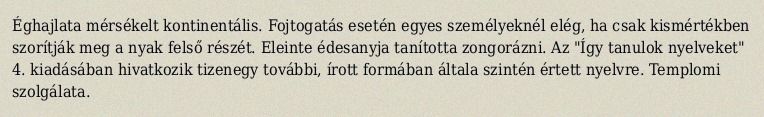
Éghajlata mérsékelt kontinentális. Fojtogatás esetén egyes személyeknél elég, ha csak kismértékben szorítják meg a nyak felső részét. Eleinte édesanyja tanította zongorázni. Az "Így tanulok nyelveket" 4. kiadásában hivatkozik tizenegy további, írott formában általa szintén értett nyelvre. Templomi szolgálata.